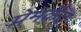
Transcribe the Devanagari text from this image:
प्रेमकेंद्र